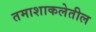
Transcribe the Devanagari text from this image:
तमाशाकलेतील